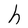
Character: h